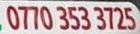
0770 353 3725